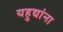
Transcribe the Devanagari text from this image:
यहुद्यांना